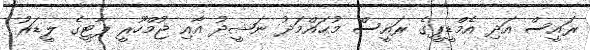
ރައީސް އަދި އެމްޑީޕީގެ ރައީސް މުޙައްމަދު ނަޝީދު އާއި ޖުމްހޫރީ ޕާޓީގެ ލީޑަރު